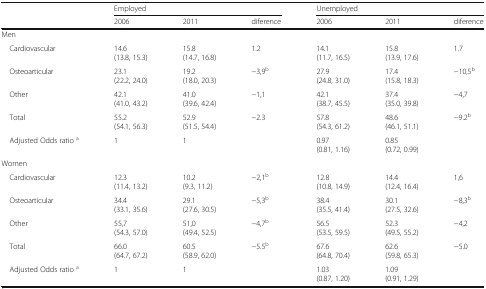
|  | <COLSPAN=3> Employed | <COLSPAN=3> Unemployed |
 |  | 2006 | 2011 | diference | 2006 | 2011 | diference |
 | --- | --- | --- | --- | --- | --- | --- |
 | <COLSPAN=7> Men |
 | Cardiovascular | 14.6(13.8, 15.3) | 15.8(14.7, 16.8) | 1.2 | 14.1(11.7, 16.5) | 15.8(13.9, 17.6) | 1.7 |
 | Osteoarticular | 23.1(22.2, 24.0) | 19.2(18.0, 20.3) | −3,9b | 27.9(24.8, 31.0) | 17.4(15.8, 18.3) | −10,5b |
 | Other | 42.1(41.0, 43.2) | 41.0(39.6, 42.4) | −1,1 | 42.1(38.7, 45.5) | 37.4(35.0, 39.8) | −4,7 |
 | Total | 55.2(54.1, 56.3) | 52.9(51.5, 54.4) | −2.3 | 57.8(54.3, 61.2) | 48.6(46.1, 51.1) | −9.2b |
 | Adjusted Odds ratio a | 1 | 1 |  | 0.97(0.81, 1.16) | 0.85(0.72, 0.99) |  |
 | <COLSPAN=7> Women |
 | Cardiovascular | 12.3(11.4, 13.2) | 10.2(9.3, 11.2) | −2,1b | 12.8(10.8, 14.9) | 14.4(12.4, 16.4) | 1,6 |
 | Osteoarticular | 34.4(33.1, 35.6) | 29.1(27.6, 30.5) | −5,3b | 38.4(35.5, 41.4) | 30.1(27.5, 32.6) | −8,3b |
 | Other | 55,7(54.3, 57.0) | 51,0(49.4, 52.5) | −4,7b | 56.5(53.5, 59.5) | 52.3(49.5, 55.2) | −4,2 |
 | Total | 66.0(64.7, 67.2) | 60.5(58.9, 62.0) | −5.5b | 67.6(64.8, 70.4) | 62.6(59.8, 65.3) | −5.0 |
 | Adjusted Odds ratio a | 1 | 1 |  | 1.03(0.87, 1.20) | 1.09(0.91, 1.29) |  |